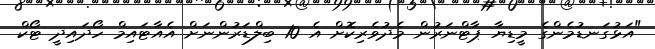
"އަޅުގަނޑުމެންގެ މީޑިޔާ ޕާޓްނަރުން މެދުވެރިކޮށް އެ 10 ބިލްޑަރުންނަށް އެއާޓައިމް ހޯދައިދީ ޓޯކް